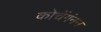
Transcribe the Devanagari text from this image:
कोचेंगंनन